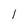
Character: 1